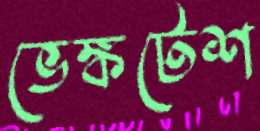
ভেঙ্কটেশ